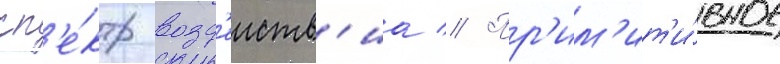
сп'е́ктр возд'еиств'иа // Пр'им'ит'и́вное